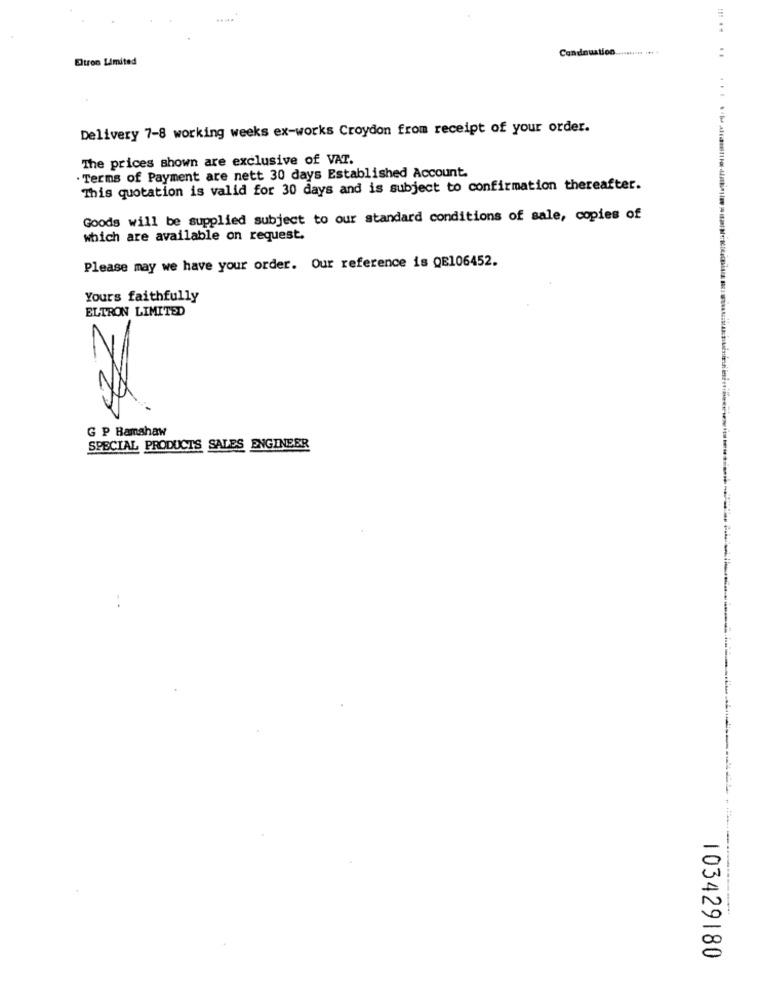
.....
Eltron Limited
Cendnuation ......... .** *
..... ..
Delivery 7-8 working weeks ex-works Croydon from receipt of your order.
The prices shown are exclusive of VAT.
Terms of Payment are nett 30 days Established Account.
This quotation is valid for 30 days and is subject to confirmation thereafter.
Goods will be supplied subject to our standard conditions of sale, copies of
which are available on request.
Please may we have your order. Our reference is QE106452.
Yours faithfully
ELTRON LIMITED
G P Ramahaw
SPECIAL PRODUCTS SALES ENGINEER
103429180